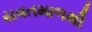
યવતમાળથી